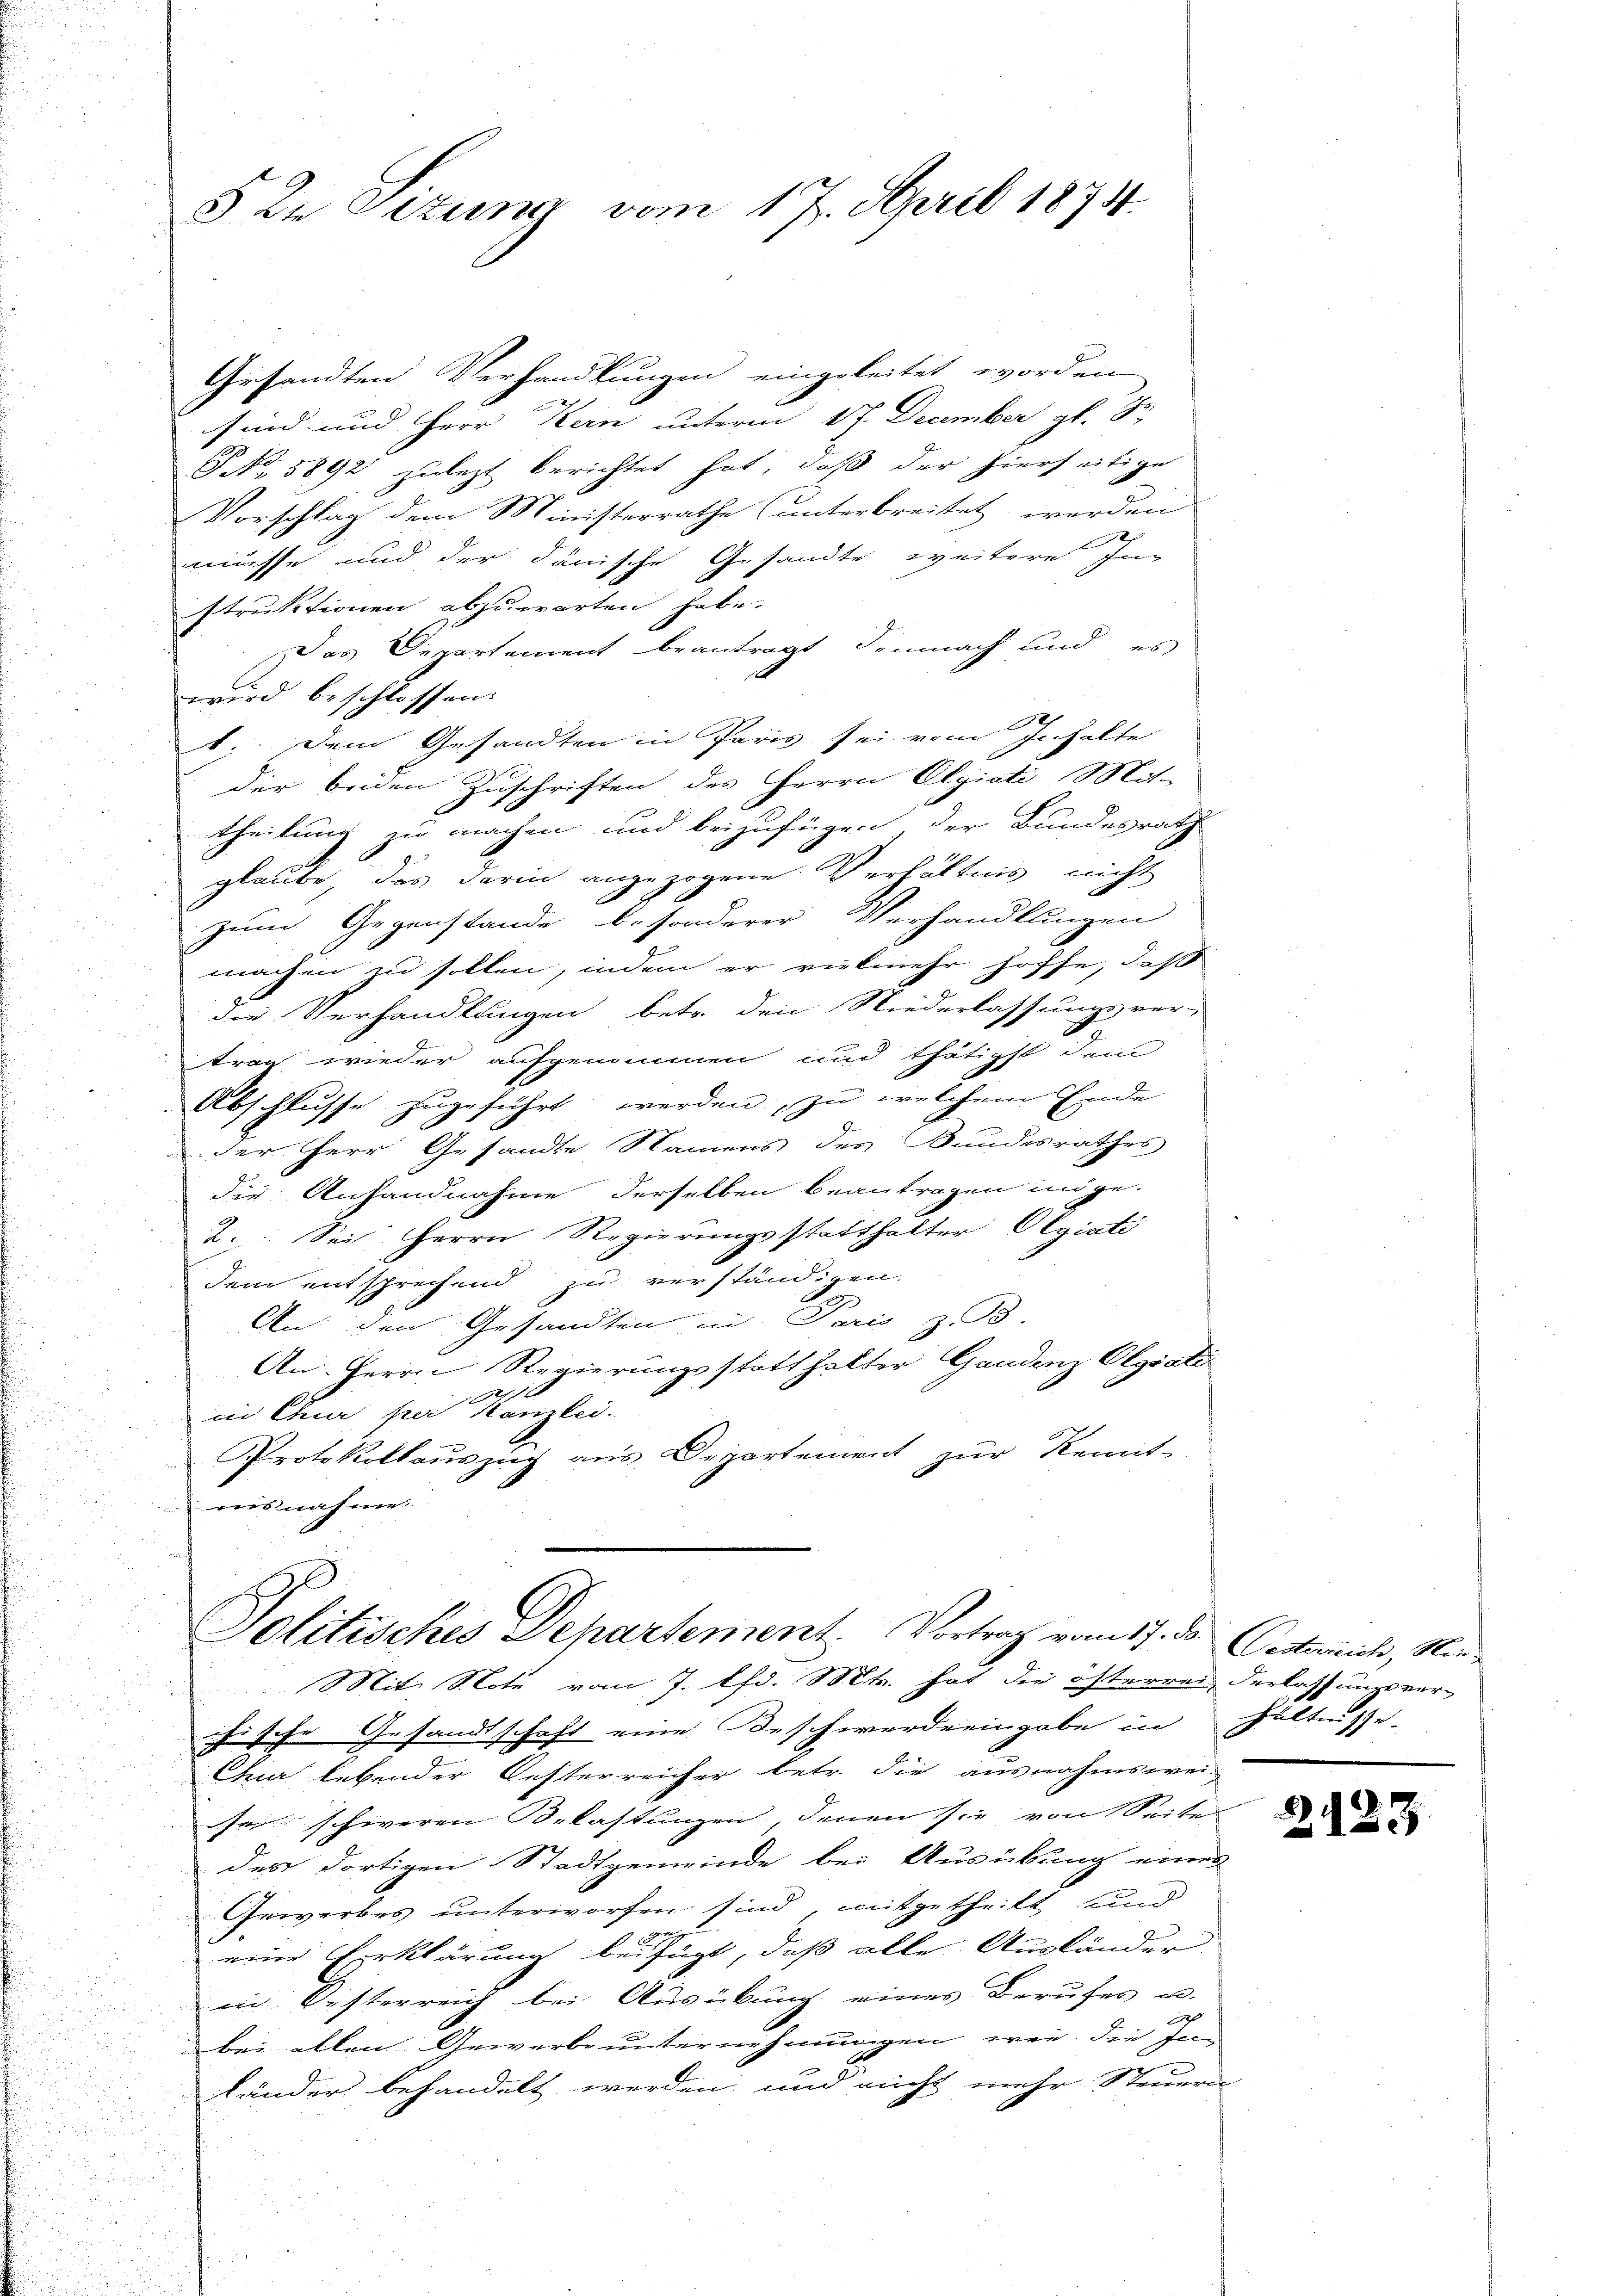
5 Xr Situng vom 17. April 1874.

Gesandten Verhandlungen eingeleitet worden
sind und Herr Kern unterm 17. December gl. S
P. Nr. 1892 zulezt berichtet hat, daß der hierseitige
Vorschlag dem Ministerrathe (unterbreitet werden
2
müsse und der dänische Gesandte weitere für
struktionen abzuwarten habe.
Das Departement beantragt demnach und es
wird beschlossen.
1. Dem Gesandten in Paris sei vom Inhalte
der beiden Zuschriften des Herrn Elgicti Mit-
theilung zu machen und beizufügen der Bundesrath
glaube, das darin angezogene Verhältnis nicht
zum Gegenstände besonderer Verhandlungen
machen zu sollen, indem er vielmehr hoffe, daß
die Verhandlungen betr. den Niederlassungsver-
trag wieder aufgenommen und thätigst dem
Abschlusse zugeführt werden, zu welchem Ende
der Herr Gesandte Namens des Bundesrathes
die Anhandnahme derselben beantragen in ge-
9.
2. Sei Herrn Regierungsstatthalter Olgiati
dem entsprechend zu verständigen.
An: den Gesandten in Paris z. B.
An Herrn Regierungsstatthalter Gaudinz Olgiati
7x
in Chur per Kanzlei.
Protokollauszug aus Departement zur Kennt-
ausnahme

Politisches Departement. Vortrag vom 17. Dr. Oestrich, Nie¬
Mit Note vom 7. Pfd. Mts. hat die österren derlassungsver-

chische Gesandtschaft eine Beschwerde eingabe in hältnisse
Cua lebender Oesterreicher betr. die ausnahmswei-
fer schiveren Belastungen, denen sie von Seite
des dortigen Stadtgemeinde bei Ausübung eines
Gewerbes unterworfen sind, mitgetheilt und
eine Erklärung beifügt, daß alle Ausländer
in Oesterreich bei Ausübung eines Berufes u.
Ich
bei allen Gewerbe unternehmungen, wie die Jag
bänder behandelt werden, und nicht mehr Steuern

223.